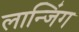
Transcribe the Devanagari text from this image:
लान्जिंग